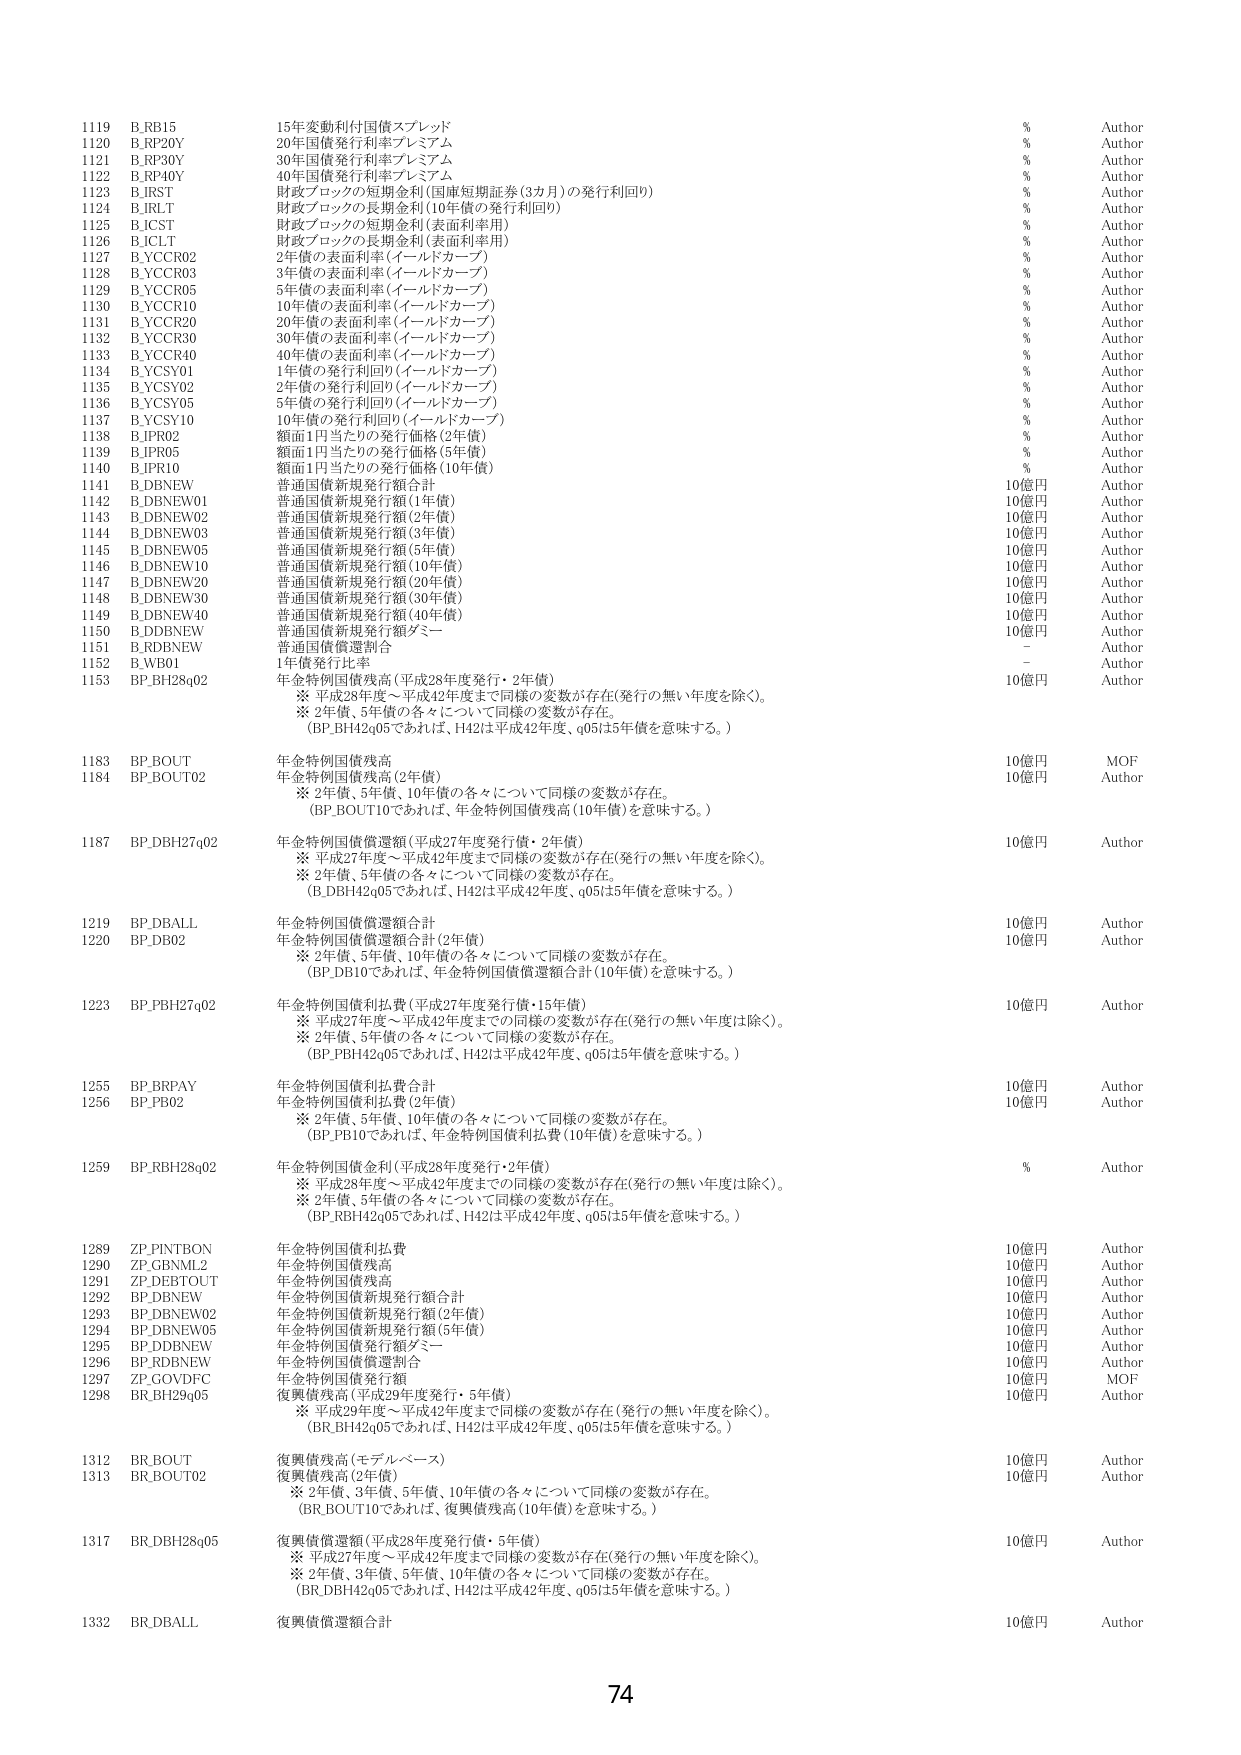
1119 B.RB15 15年変動利付国債スプレッド % Author
1120 B.RP20Y 20年国債発行利率プレミアム % Author
1121 B.RF30Y 30年国債発行利率プレミアム % Author
1122 B.RF40Y 40年国債発行利率プレミアム % Author
1123 B.IRST 財政ブロックの短期金利（国庫短期証券（3カ月）の発行利回り） % Author
1124 B.IRLT 財政ブロックの長期金利（10年債の発行利回り） % Author
1125 B.ICST 財政ブロックの短期金利（表面利率用） % Author
1126 B.ICLT 財政ブロックの長期金利（表面利率用） % Author
1127 B.YCCR02 2年債の表面利率（イールドカーブ） % Author
1128 B.YCCR03 3年債の表面利率（イールドカーブ） % Author
1129 B.YCCR05 5年債の表面利率（イールドカーブ） % Author
1130 B.YCCR10 10年債の表面利率（イールドカーブ） % Author
1131 B.YCCR20 20年債の表面利率（イールドカーブ） % Author
1132 B.YCCR30 30年債の表面利率（イールドカーブ） % Author
1133 B.YCCR40 40年債の表面利率（イールドカーブ） % Author
1134 B.YCSY01 1年債の発行利回り（イールドカーブ） % Author
1135 B.YCSY02 2年債の発行利回り（イールドカーブ） % Author
1136 B.YCSY05 5年債の発行利回り（イールドカーブ） % Author
1137 B.YCSY10 10年債の発行利回り（イールドカーブ） % Author
1138 B.JPR02 額面1円当たりの発行価格（2年債） % Author
1139 B.JPR05 額面1円当たりの発行価格（5年債） % Author
1140 B.JPR10 額面1円当たりの発行価格（10年債） % Author
1141 B.DBNEW 普通国債新規発行額合計 10億円 Author
1142 B.DBNEW01 普通国債新規発行額（1年債） 10億円 Author
1143 B.DBNEW02 普通国債新規発行額（2年債） 10億円 Author
1144 B.DBNEW03 普通国債新規発行額（3年債） 10億円 Author
1145 B.DBNEW05 普通国債新規発行額（5年債） 10億円 Author
1146 B.DBNEW10 普通国債新規発行額（10年債） 10億円 Author
1147 B.DBNEW20 普通国債新規発行額（20年債） 10億円 Author
1148 B.DBNEW30 普通国債新規発行額（30年債） 10億円 Author
1149 B.DBNEW40 普通国債新規発行額（40年債） 10億円 Author
1150 B.DDBNEW 普通国債新規発行額ダミー 10億円 Author
1151 B.RDBNEW 普通国債償還割合 - Author
1152 B.WB01 1年債発行比率 - Author
1153 BP_BH28q02 年金特例国債残高（平成28年度発行・2年債） 10億円 Author
　　※ 平成28年度～平成42年度まで同様の変数が存在（発行の無い年度を除く）。
　　※ 2年債、5年債の各々について同様の変数が存在。
　　（BP.BH42q05であれば、H42は平成42年度、q05は5年債を意味する。）

1183 BP_BOUT 年金特例国債残高（2年債） 10億円 MOF
1184 BP_BOUT02 年金特例国債残高（2年債） 10億円 Author
　　※ 2年債、5年債、10年債の各々について同様の変数が存在。
　　（BP.BOUT10であれば、年金特例国債残高（10年債）を意味する。）

1187 BP_DBH27q02 年金特例国債償還額（平成27年度発行債・2年債） 10億円 Author
　　※ 平成27年度～平成42年度まで同様の変数が存在（発行の無い年度を除く）。
　　※ 2年債、5年債の各々について同様の変数が存在。
　　（B.DBH42q05であれば、H42は平成42年度、q05は5年債を意味する。）

1219 BP_DBALL 年金特例国債償還額合計 10億円 Author
1220 BP_DB02 年金特例国債償還額合計（2年債） 10億円 Author
　　※ 2年債、5年債、10年債の各々について同様の変数が存在。
　　（BP.DB10であれば、年金特例国債償還額合計（10年債）を意味する。）

1223 BP_PBH27q02 年金特例国債利払費（平成27年度発行債・15年債） 10億円 Author
　　※ 平成27年度～平成42年度まで同様の変数が存在（発行の無い年度は除く）。
　　※ 2年債、5年債の各々について同様の変数が存在。
　　（BP.PBH42q05であれば、H42は平成42年度、q05は5年債を意味する。）

1255 BP_BRPAY 年金特例国債利払費合計 10億円 Author
1256 BP_PB02 年金特例国債利払費（2年債） 10億円 Author
　　※ 2年債、5年債、10年債の各々について同様の変数が存在。
　　（BP.PB10であれば、年金特例国債利払費（10年債）を意味する。）

1259 BP_RBH28q02 年金特例国債金利（平成28年度発行・2年債） % Author
　　※ 平成28年度～平成42年度まで同様の変数が存在（発行の無い年度は除く）。
　　※ 2年債、5年債の各々について同様の変数が存在。
　　（BP.RBH42q05であれば、H42は平成42年度、q05は5年債を意味する。）

1289 ZP_PINTBON 年金特例国債利払費 10億円 Author
1290 ZP_GBNML2 年金特例国債残高 10億円 Author
1291 ZP_DEBTOUT 年金特例国債残高 10億円 Author
1292 BP_DBNEW 年金特例国債新規発行額合計 10億円 Author
1293 BP_DBNEW02 年金特例国債新規発行額（2年債） 10億円 Author
1294 BP_DBNEW05 年金特例国債新規発行額（5年債） 10億円 Author
1295 BP_DDBNEW 年金特例国債発行額ダミー 10億円 Author
1296 BP_RDBNEW 年金特例国債償還割合 10億円 Author
1297 ZP_GOVDFC 年金特例国債発行額 10億円 MOF
1298 BR_BH29q05 復興債残高（平成29年度発行・5年債） 10億円 Author
　　※ 平成29年度～平成42年度まで同様の変数が存在（発行の無い年度を除く）。
　　（BR.BH42q05であれば、H42は平成42年度、q05は5年債を意味する。）

1312 BR_BOUT 復興債残高（モデルベース） 10億円 Author
1313 BR_BOUT02 復興債残高（2年債） 10億円 Author
　　※ 2年債、3年債、5年債、10年債の各々について同様の変数が存在。
　　（BR.BOUT10であれば、復興債残高（10年債）を意味する。）

1317 BR_DBH28q05 復興債償還額（平成28年度発行債・5年債） 10億円 Author
　　※ 平成27年度～平成42年度まで同様の変数が存在（発行の無い年度を除く）。
　　※ 2年債、3年債、5年債、10年債の各々について同様の変数が存在。
　　（BR.DBH42q05であれば、H42は平成42年度、q05は5年債を意味する。）

1332 BR_DBALL 復興債償還額合計 10億円 Author

74